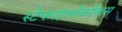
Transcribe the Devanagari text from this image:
स्टेफाइलोकोकस